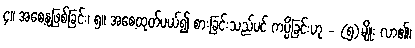
၄။ အစေ့နုဖြစ်ခြင်း၊ ၅။ အစေ့ထုတ်ပယ်၍ စားခြင်းသည်ပင် ကပ္ပိခြင်းဟု - (၅)မျိုး လာ၏၊